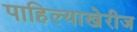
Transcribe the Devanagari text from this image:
पाहिल्याखेरीज